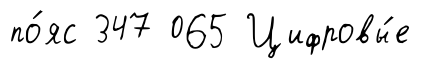
по́яс 347 065 Цифровы́е